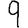
Digit: 9